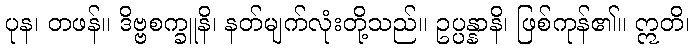
ပုန၊ တဖန်။ ဒိဗ္ဗစက္ခူနိ၊ နတ်မျက်လုံးတို့သည်။ ဥပ္ပန္နာနိ၊ ဖြစ်ကုန်၏။ ဣတိ၊